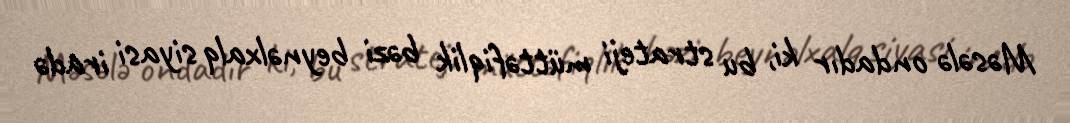
Məsələ ondadır ki, bu strateji müttəfiqlik bəzi beynəlxalq siyasi iradə